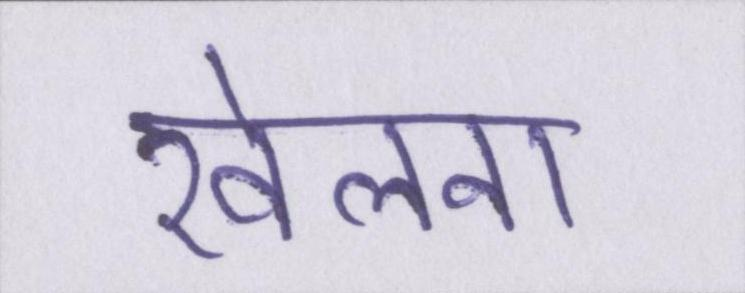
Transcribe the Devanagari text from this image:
खेलना